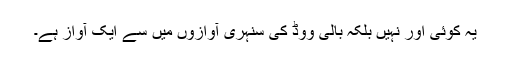
یہ کوئی اور نہیں بلکہ بالی وُوڈ کی سنہری آوازوں میں سے ایک آواز ہے۔